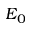
E _ { 0 }